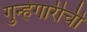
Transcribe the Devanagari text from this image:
गुन्हेगारीची